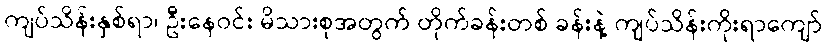
ကျပ်သိန်းနှစ်ရာ၊ ဦးနေဝင်း မိသားစုအတွက် တိုက်ခန်းတစ် ခန်းနဲ့ ကျပ်သိန်းကိုးရာကျော်